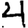
Digit: 4